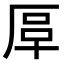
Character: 𠩰